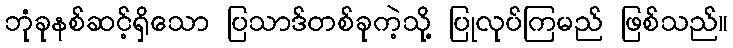
ဘုံခုနစ်ဆင့်ရှိသော ပြသာဒ်တစ်ခုကဲ့သို့ ပြုလုပ်ကြမည် ဖြစ်သည်။